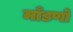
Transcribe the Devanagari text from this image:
माँडणों